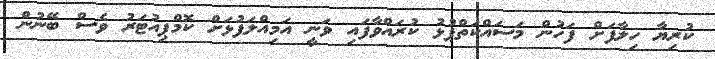
ކުރިޔާ ހިލާފަށް ފަހުން މަސައްކަތްޕުޅު ކުރައްވާފައި ވަނީ އަމިއްލަފުޅަށް ކޮމްޕިއުޓަރު ވެސް ބޭނުން